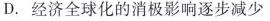
D.经济全球化的消极影响逐步减少